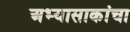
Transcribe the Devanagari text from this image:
अभ्यासाकांचा